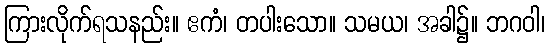
ကြားလိုက်ရသနည်း။ ဧကံ၊ တပါးသော။ သမယ၊ အခါ၌။ ဘဂဝါ၊